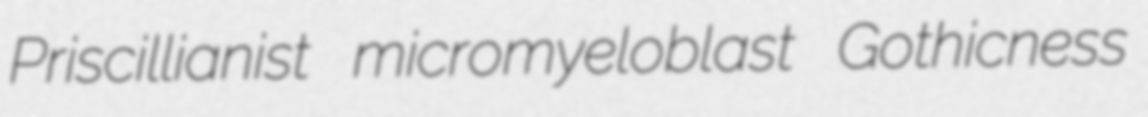
Priscillianist micromyeloblast Gothicness